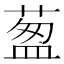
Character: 𦷐